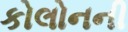
કોલોનની